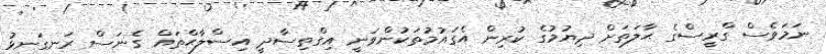
ނަމަވެސް ގްރީސްގެ ޙާލަތަށް ދިޔުމުގެ ކުރިން އެގައުމުތަކުންވަނީ އިގްތިސާދީ އިސްލާޙްތައް ގެނަސް ރަނގަނޅު